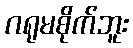
ဂရုမစိုက်ဘူး